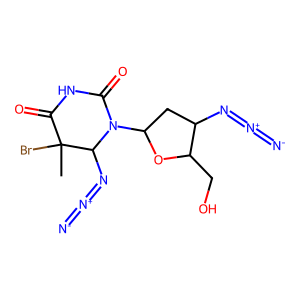
SMILES: CC1(Br)C(=O)NC(=O)N(C2CC(N=[N+]=[N-])C(CO)O2)C1N=[N+]=[N-]
Inhibits HIV replication: Yes